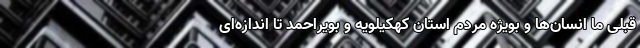
قبلی ما انسان‌ها و بویژه مردم استان کهکیلویه و بویراحمد تا اندازه‌ای